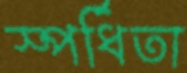
স্পর্ধিতা